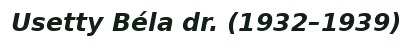
Usetty Béla dr. (1932–1939)